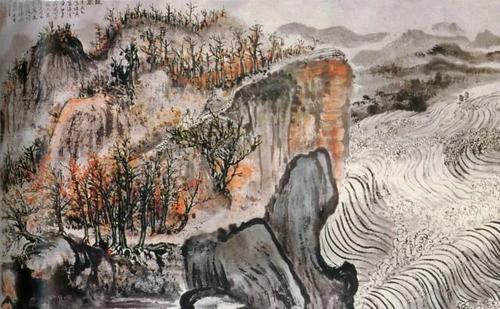
艰难苦恨繁霜鬓，潦倒新停浊酒杯。